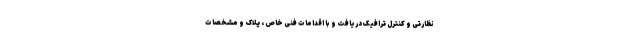
نظارتی و کنترل ترافیک دریافت و با اقدامات فنی خاص ، پلاک و مشخصات